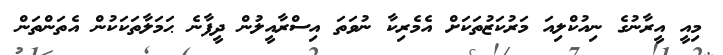
މިއީ އީރާނުގެ ނިއުކްލިއަ މަރުކަޒުތަކަށް އެމެރިކާ ނުވަތަ އިސްރާއީލުން ދީފާނެ ޙަމަލާތަކަކުން އެތަންތަން